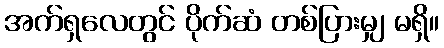
အက်ရှလေတွင် ပိုက်ဆံ တစ်ပြားမျှ မရှိ။